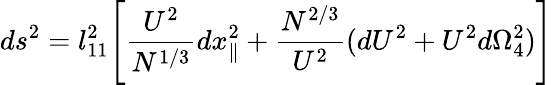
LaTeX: ds^{2}=l_{11}^{2}\Biggl[{\frac{U^{2}}{N^{1/3}}}dx_{\parallel}^{2}+\frac{{N}^{2/3}}{U^{2}}(dU^{2}+U^{2}d\Omega_{4}^{2})\Biggr]